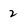
Character: 2